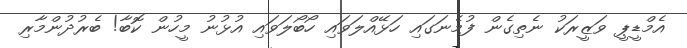
އެމްޑީޕީ ވަޒީރަކު ނެތިގެން ފުމެނަގައި ހަޅޭއްލަވައި ހޯބޯލަވައި އުޅުނު މީހުން ކޮބާ! ބެރުދުންމާރި